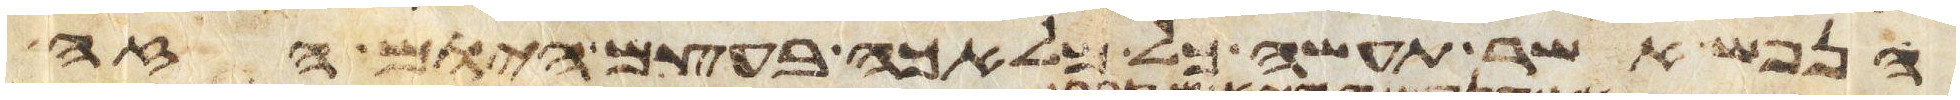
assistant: הנפש אשר תעשה כל מלאכה בעצם היום הזה